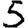
Digit: 5